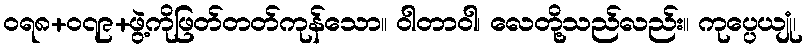
ဝရ၈+၀၇၉+ဖွဲ့ကိုဖြတ်တတ်ကုန်သော။ ဝါတာဝါ၊ လေတို့သည်လည်း။ ကုပ္ပေယျုံ၊